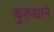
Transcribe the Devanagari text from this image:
कुरुशाने